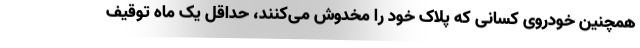
همچنین خودروی کسانی که پلاک خود را مخدوش می‌کنند، حداقل یک ماه توقیف